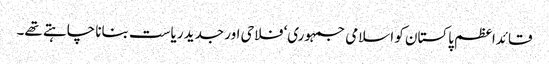
قائداعظم پاکستان کو اسلامی جمہوری‘ فلاحی اور جدید ریاست بنانا چاہتے تھے۔